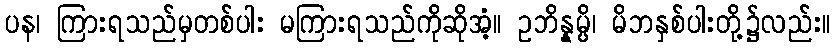
ပန၊ ကြားရသည်မှတစ်ပါး မကြားရသည်ကိုဆိုအံ့။ ဥဘိန္နမ္ပိ၊ မိဘနှစ်ပါးတို့၌လည်း။